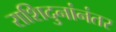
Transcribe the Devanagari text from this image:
राशिदुनांनंतर